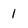
Character: 1